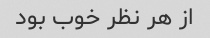
از هر نظر خوب بود